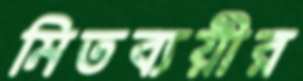
মিতব্যয়ীর